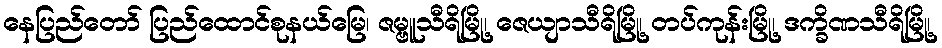
နေပြည်တော် ပြည်ထောင်စုနယ်မြေ၊ ဇမ္ဗူသီရိမြို့၊ ဇေယျာသီရိမြို့၊ တပ်ကုန်းမြို့၊ ဒက္ခိဏသီရိမြို့၊